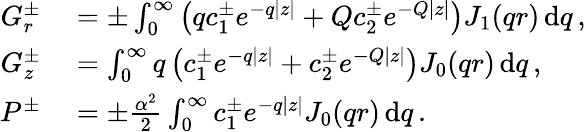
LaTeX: \begin{array}{rl}{G_{r}^{\pm}}&{{}=\pm\int_{0}^{\infty}\left(qc_{1}^{\pm}e^{-q|z|}+Qc_{2}^{\pm}e^{-Q|z|}\right)J_{1}(qr)\, \mathrm{d}q\, ,}\\ {G_{z}^{\pm}}&{{}=\int_{0}^{\infty}q\left(c_{1}^{\pm}e^{-q|z|}+c_{2}^{\pm}e^{-Q|z|}\right)J_{0}(qr)\, \mathrm{d}q\, ,}\\ {P^{\pm}}&{{}=\pm\frac{\alpha^{2}}{2}\int_{0}^{\infty}c_{1}^{\pm}e^{-q|z|}J_{0}(qr)\, \mathrm{d}q\, .}\end{array}